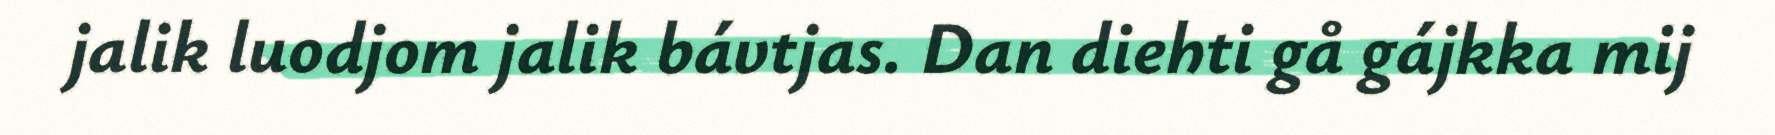
jalik luodjom jalik bávtjas. Dan diehti gå gájkka mij